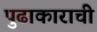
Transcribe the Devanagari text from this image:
पुढाकाराची